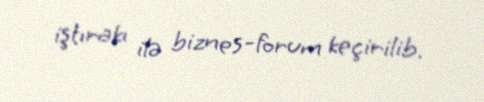
iştırakı ilə biznes-forum keçirilib.